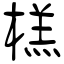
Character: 榚